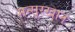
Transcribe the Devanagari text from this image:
मन्सूरखान